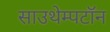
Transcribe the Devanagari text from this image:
साउथेम्पटॉन